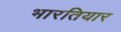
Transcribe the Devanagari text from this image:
भारतियार